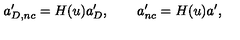
a _ { D , n c } ^ { \prime } = H ( u ) a _ { D } ^ { \prime } , \qquad a _ { n c } ^ { \prime } = H ( u ) a ^ { \prime } ,